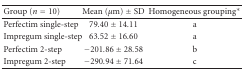
<table><thead><tr><td><b>Group (<i>n</i> = 10)</b></td><td><b>Mean (<i>μ</i>m) ± SD</b></td><td><b>Homogeneous grouping*</b></td></tr></thead><tbody><tr><td>Perfectim single-step</td><td>79.40 ± 14.11</td><td> a</td></tr><tr><td>Impregum single-step</td><td>63.52 ± 16.60</td><td> a</td></tr><tr><td>Perfectim 2-step</td><td>−201.86 ± 28.58</td><td> b</td></tr><tr><td>Impregum 2-step</td><td>−290.94 ± 71.64</td><td> c</td></tr></tbody></table>